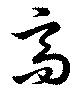
高